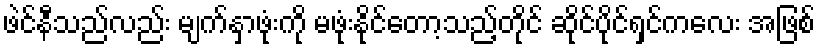
ဖဲင်နီသည်လည်း မျက်နှာဖုံးကို မဖုံးနိုင်တော့သည့်တိုင် ဆိုင်ပိုင်ရှင်ကလေး အဖြစ်